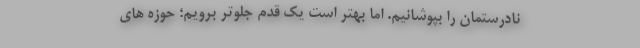
نادرستمان را بپوشانیم. اما بهتر است یک قدم جلوتر برویم؛ حوزه های